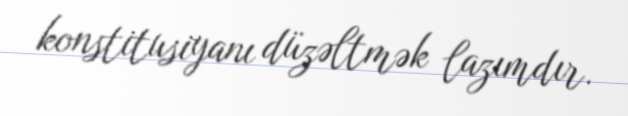
konstitusiyanı düzəltmək lazımdır.